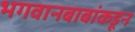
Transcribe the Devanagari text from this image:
भगवानबाबांकडून